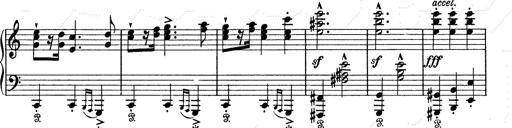
Title: 6 Polish Songs
Composer: Franz Liszt